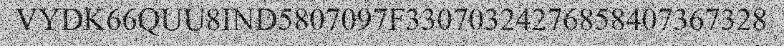
VYDK66QUU8IND5807097F33070324276858407367328